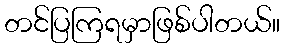
တင်ပြကြရမှာဖြစ်ပါတယ်။